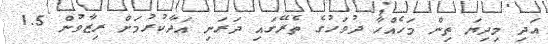
އަދި މިދިޔަ ތިން މަހެއްހާ ދުވަހުގެ ތެރޭގައި ދަރަނި އަދާކުރުމަށް ރިޒާވުން 1.5